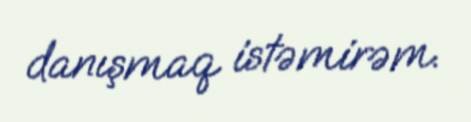
danışmaq istəmirəm.